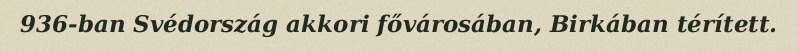
936-ban Svédország akkori fővárosában, Birkában térített.